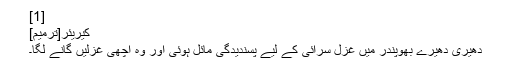
[1]
کَیرِیئر[ترمیم]
دھِیری دھِیرے بھُوپِنْدر میں غزل سرائی کے لیے پسندیدگی مائل ہوئی اَور وہ اچھّی غزلیں گانے لگا۔